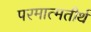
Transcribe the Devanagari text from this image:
परमात्मतीर्थ